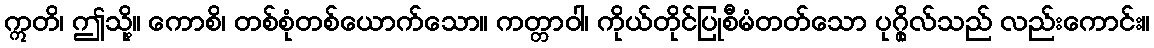
ဣတိ၊ ဤသို့။ ကောစိ၊ တစ်စုံတစ်ယောက်သော။ ကတ္တာဝါ၊ ကိုယ်တိုင်ပြုစီမံတတ်သော ပုဂ္ဂိုလ်သည် လည်းကောင်း။